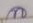
ล